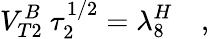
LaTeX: V_{T2}^{B}\ \tau_{2}^{1/2}=\lambda_{8}^{H}\quad,